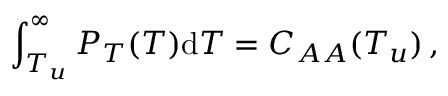
\int _ { T _ { u } } ^ { \infty } P _ { T } ( T ) \mathrm { d } T = C _ { A A } ( T _ { u } ) \, ,